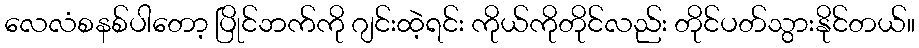
လေလံစနစ်ပါတော့ ပြိုင်ဘက်ကို ဂျင်းထဲ့ရင်း ကိုယ်ကိုတိုင်လည်း တိုင်ပတ်သွားနိုင်တယ်။